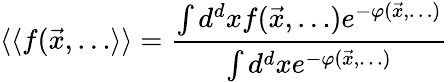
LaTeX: \langle\langle f({\vec{x}},\dots\rangle\rangle=\frac{\int d^{d}xf({\vec{x}},\dots)e^{-\varphi({\vec{x}},\dots)}}{\int d^{d}xe^{-\varphi({\vec{x}},\dots)}}